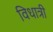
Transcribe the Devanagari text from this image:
विधात्री